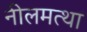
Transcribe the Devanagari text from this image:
नीलमत्था